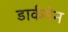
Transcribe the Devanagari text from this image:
डार्कमेन